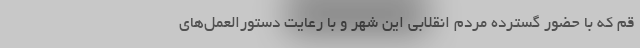
قم که با حضور گسترده مردم انقلابی این شهر و با رعایت دستور‌العمل‌های